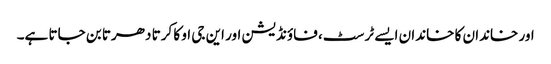
اور خاندان کا خاندان ایسے ٹرسٹ، فاؤنڈیشن اور این جی او کا کرتا دھرتا بن جاتا ہے۔